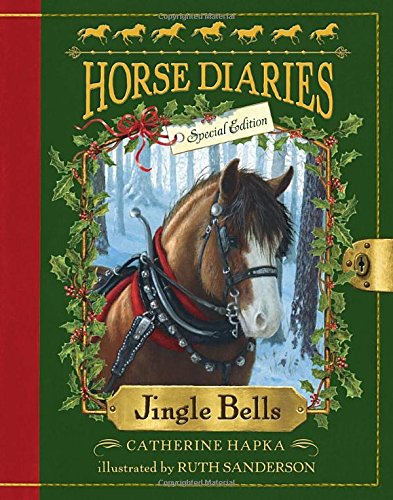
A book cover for Jingle Bells (Horse Diaries Special Edition); Catherine Hapka; Children's Books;